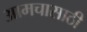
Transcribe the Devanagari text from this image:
आमचासाठी